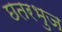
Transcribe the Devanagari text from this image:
छतरभुज